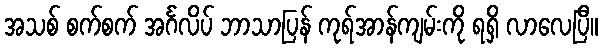
အသစ် စက်စက် အင်္ဂလိပ် ဘာသာပြန် ကုရ်အာန်ကျမ်းကို ရရှိ လာလေပြီ။